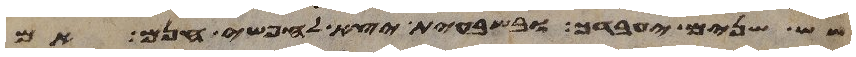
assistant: שש שנים יעבדך ובשבעית יצא לחפשי חנם אם